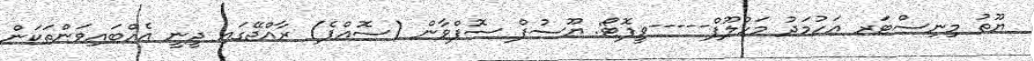
ޔޫތު މިނިސްޓަރ އަހުމަދު މަހްލޫފް-----ވީފޮޓޯ: ޔޫސުފް ސޮފްވާން (ސޮއްޕެ) ރާއްޖޭގައި ދީނީ އެއްބައިވަންތަކަން